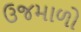
ઉજમાળો